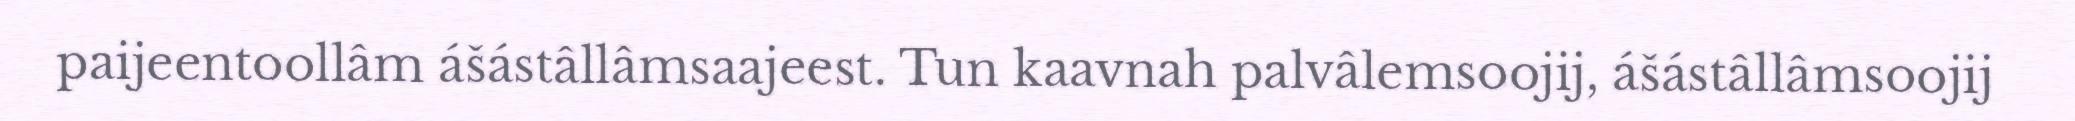
paijeentoollâm ášástâllâmsaajeest. Tun kaavnah palvâlemsoojij, ášástâllâmsoojij